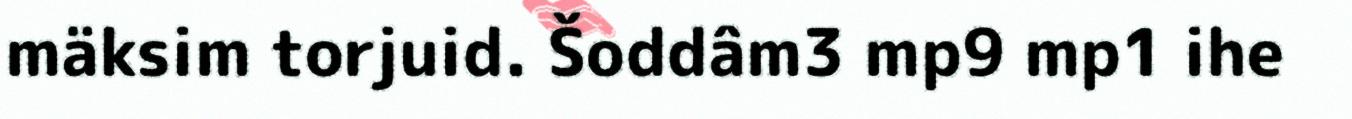
mäksim torjuid. Šoddâm3 mp9 mp1 ihe